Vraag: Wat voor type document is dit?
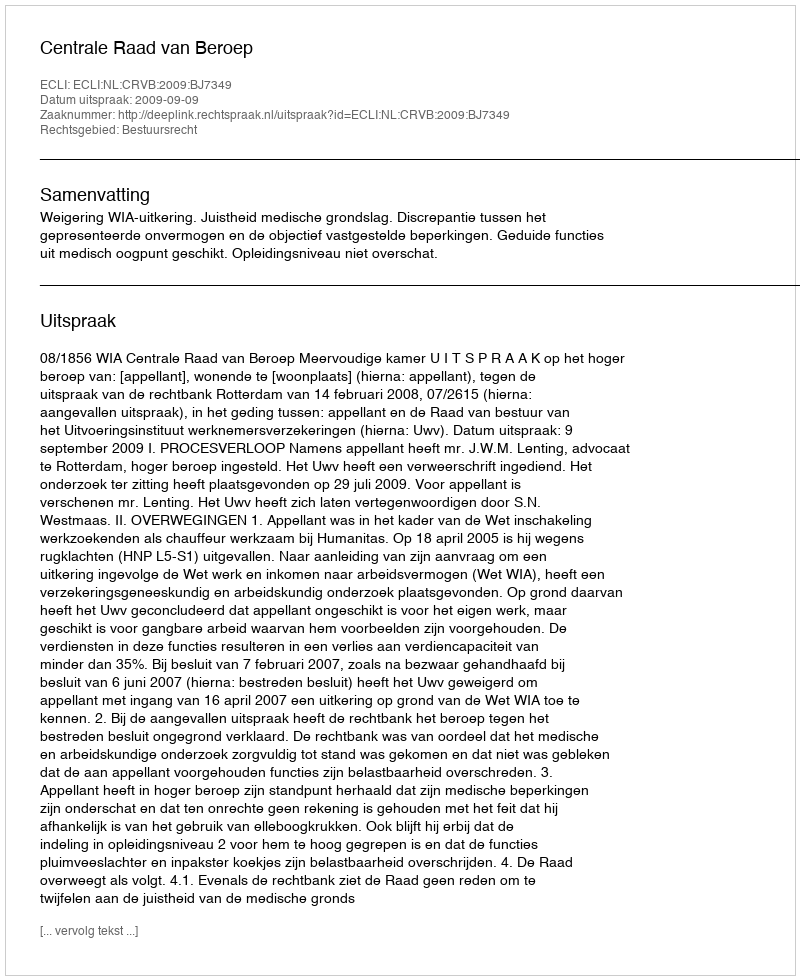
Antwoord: Uitspraak